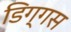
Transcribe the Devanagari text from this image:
डिग्गस